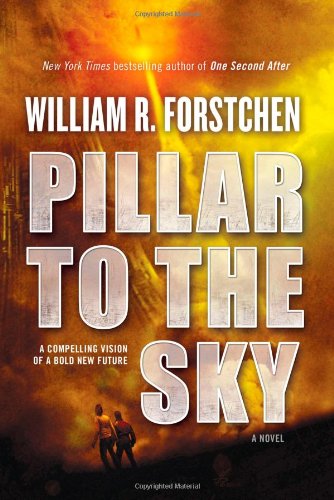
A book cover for Pillar to the Sky; William R. Forstchen; Mystery, Thriller & Suspense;